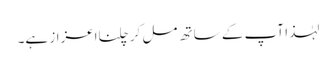
لہٰذا آپ کے ساتھ مل کر چلنااعزاز ہے۔